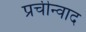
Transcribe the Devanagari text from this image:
प्रचीन्वाद